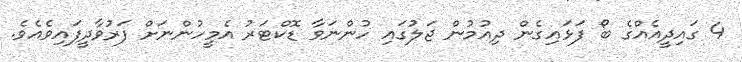
4 ގައިދީއެއްގެ ބޯ ފަޅައިގެން ދިއުމުން ޖަލުގައި ހުންނަވާ ޑޮކްޓަރު އެމީހުންނަށް ފަރުވާދީފައިވެއެވެ.